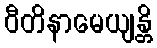
ဝီတိနာမေယျန္တိ